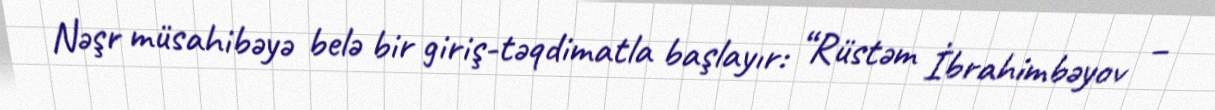
Nəşr müsahibəyə belə bir giriş-təqdimatla başlayır: “Rüstəm İbrahimbəyov –